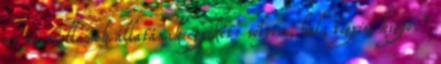
az ősi szellemek állatának egyikét: sólyom, hal, tigris, kígyó."